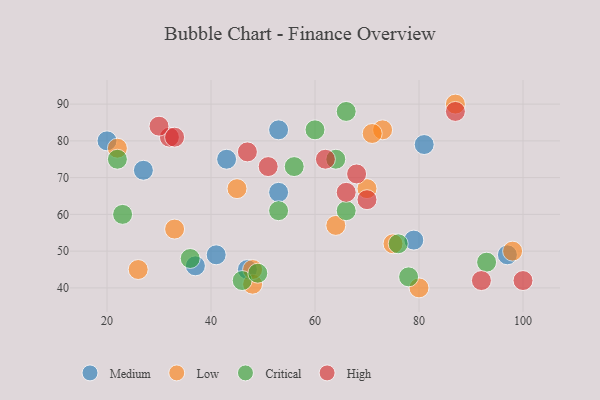
{"axis": {"x": "GDP", "y": "Life Expectancy"}, "legend": ["Critical", "High", "Low", "Medium"], "data": [{"x": "20", "y": 80, "type": "Medium"}, {"x": "79", "y": 53, "type": "Medium"}, {"x": "27", "y": 72, "type": "Medium"}, {"x": "97", "y": 49, "type": "Medium"}, {"x": "81", "y": 79, "type": "Medium"}, {"x": "53", "y": 83, "type": "Medium"}, {"x": "53", "y": 66, "type": "Medium"}, {"x": "37", "y": 46, "type": "Medium"}, {"x": "43", "y": 75, "type": "Medium"}, {"x": "47", "y": 45, "type": "Medium"}, {"x": "41", "y": 49, "type": "Medium"}, {"x": "48", "y": 41, "type": "Low"}, {"x": "80", "y": 40, "type": "Low"}, {"x": "26", "y": 45, "type": "Low"}, {"x": "64", "y": 57, "type": "Low"}, {"x": "75", "y": 52, "type": "Low"}, {"x": "70", "y": 67, "type": "Low"}, {"x": "48", "y": 45, "type": "Low"}, {"x": "22", "y": 78, "type": "Low"}, {"x": "45", "y": 67, "type": "Low"}, {"x": "33", "y": 56, "type": "Low"}, {"x": "73", "y": 83, "type": "Low"}, {"x": "71", "y": 82, "type": "Low"}, {"x": "98", "y": 50, "type": "Low"}, {"x": "87", "y": 90, "type": "Low"}, {"x": "66", "y": 61, "type": "Critical"}, {"x": "60", "y": 83, "type": "Critical"}, {"x": "76", "y": 52, "type": "Critical"}, {"x": "78", "y": 43, "type": "Critical"}, {"x": "46", "y": 42, "type": "Critical"}, {"x": "53", "y": 61, "type": "Critical"}, {"x": "22", "y": 75, "type": "Critical"}, {"x": "49", "y": 44, "type": "Critical"}, {"x": "64", "y": 75, "type": "Critical"}, {"x": "36", "y": 48, "type": "Critical"}, {"x": "66", "y": 88, "type": "Critical"}, {"x": "23", "y": 60, "type": "Critical"}, {"x": "93", "y": 47, "type": "Critical"}, {"x": "56", "y": 73, "type": "Critical"}, {"x": "32", "y": 81, "type": "High"}, {"x": "47", "y": 77, "type": "High"}, {"x": "66", "y": 66, "type": "High"}, {"x": "92", "y": 42, "type": "High"}, {"x": "30", "y": 84, "type": "High"}, {"x": "68", "y": 71, "type": "High"}, {"x": "51", "y": 73, "type": "High"}, {"x": "33", "y": 81, "type": "High"}, {"x": "62", "y": 75, "type": "High"}, {"x": "70", "y": 64, "type": "High"}, {"x": "87", "y": 88, "type": "High"}, {"x": "100", "y": 42, "type": "High"}]}